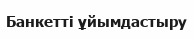
Банкетті ұйымдастыру